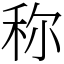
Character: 称